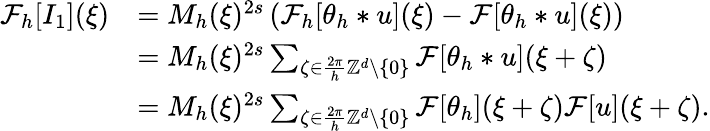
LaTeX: \begin{array}{rl}{\mathcal{F}_{h}[I_{1}](\xi)}&{=M_{h}(\xi)^{2s}\left(\mathcal{F}_{h}[\theta_{h}*u](\xi)-\mathcal{F}[\theta_{h}*u](\xi)\right)}\\ &{=M_{h}(\xi)^{2s}\sum_{\zeta\in\frac{2\pi}{h}\mathbb{Z}^{d}\setminus\{ 0\} }\mathcal{F}[\theta_{h}*u](\xi+\zeta)}\\ &{=M_{h}(\xi)^{2s}\sum_{\zeta\in\frac{2\pi}{h}\mathbb{Z}^{d}\setminus\{ 0\} }\mathcal{F}[\theta_{h}](\xi+\zeta)\mathcal{F}[u](\xi+\zeta).}\end{array}